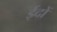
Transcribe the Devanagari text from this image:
ईदों